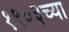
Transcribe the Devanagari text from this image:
१९०३च्या